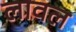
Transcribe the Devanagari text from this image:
लावल